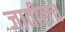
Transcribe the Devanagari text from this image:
जातीलच